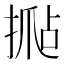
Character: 𰔍